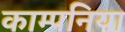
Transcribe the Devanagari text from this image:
काम्पनिया